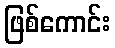
ဖြစ်ကောင်း